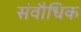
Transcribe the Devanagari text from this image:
संवौधिक